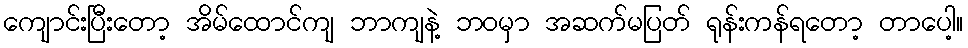
ကျောင်းပြီးတော့ အိမ်ထောင်ကျ ဘာကျနဲ့ ဘဝမှာ အဆက်မပြတ် ရုန်းကန်ရတော့ တာပေါ့။